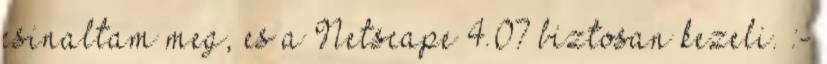
csinaltam meg, es a Netscape 4.07 biztosan kezeli. :-